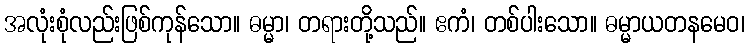
အလုံးစုံလည်းဖြစ်ကုန်သော။ ဓမ္မာ၊ တရားတို့သည်။ ဧကံ၊ တစ်ပါးသော။ ဓမ္မာယတနမေဝ၊